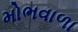
મોભવાળા